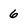
Character: 6